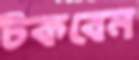
টকবেন